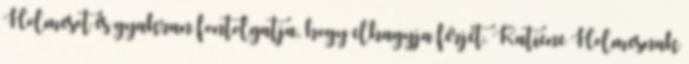
Holmesot és gyakran fontolgatja, hogy elhagyja férjét. Katiene Holmesnak